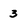
Character: 3